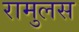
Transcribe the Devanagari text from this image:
रामुलस